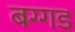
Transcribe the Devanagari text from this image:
बग्‍गड